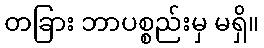
တခြား ဘာပစ္စည်းမှ မရှိ။